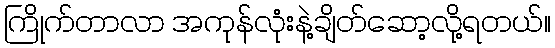
ကြိုက်တာလာ အကုန်လုံးနဲ့ချိတ်ဆော့လို့ရတယ်။